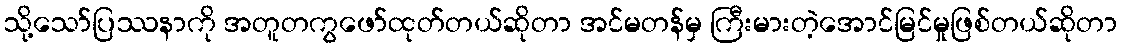
သို့သော်ပြဿနာကို အတူတကွဖော်ထုတ်တယ်ဆိုတာ အင်မတန်မှ ကြီးမားတဲ့အောင်မြင်မှုဖြစ်တယ်ဆိုတာ